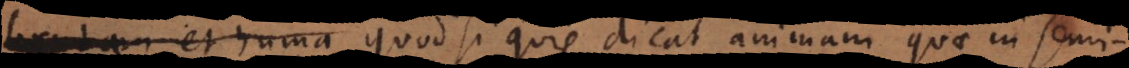
brutam et huma quod si quis dicat animam quae in semini